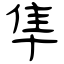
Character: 隼